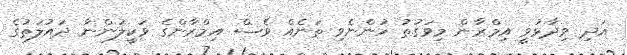
އަދި ވިދާޅުވީ އިމްރާން މިވަގުތު ހުންނެވި ތަނެއް ވެސް އިމްރާންގެ ވަކީލުންނާ ދައުލަތުގެ